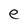
Character: e